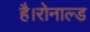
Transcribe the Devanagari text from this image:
है।रोनाल्ड